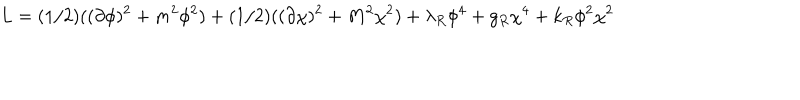
L = ( 1 / 2 ) ( ( \partial \phi ) ^ { 2 } + m ^ { 2 } \phi ^ { 2 } ) + ( 1 / 2 ) ( ( \partial \chi ) ^ { 2 } + M ^ { 2 } \chi ^ { 2 } ) + \lambda _ { R } \phi ^ { 4 } + g _ { R } \chi ^ { 4 } + k _ { R } \phi ^ { 2 } \chi ^ { 2 }